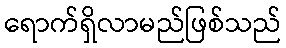
ရောက်ရှိလာမည်ဖြစ်သည်